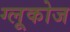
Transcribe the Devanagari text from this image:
ग्‍लूकोज